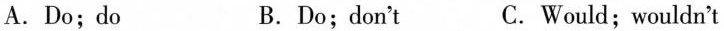
A.Do;do B.Do;don't C.Would; wouldn't